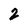
Character: 2